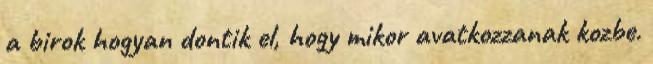
a birok hogyan dontik el, hogy mikor avatkozzanak kozbe.